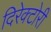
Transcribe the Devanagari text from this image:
दिरेक्टोरी